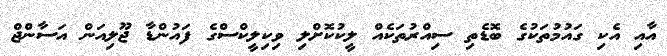
އާއި އެކި ގައުމުތަކުގެ ބޮޑެތި ސިއްރުތަކެއް ލީކުކޮށްލި ވިކިލީކްސްގެ ފައުންޑާ ޖޫލިއަން އަސާންޖް